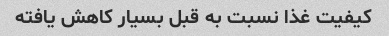
کیفیت غذا نسبت به قبل بسیار کاهش یافته